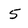
Character: 5